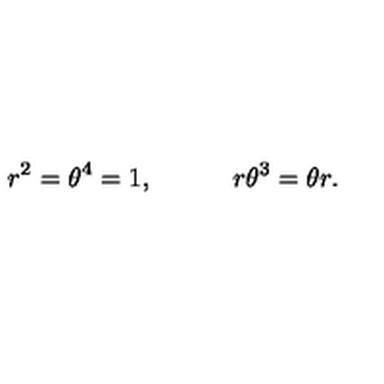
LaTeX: r ^ { 2 } = \theta ^ { 4 } = 1 , \quad \quad \quad r \theta ^ { 3 } = \theta r .